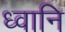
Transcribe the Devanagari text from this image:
ध्वानि